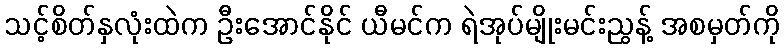
သင့်စိတ်နှလုံးထဲက ဦးအောင်နိုင် ယီမင်က ရဲအုပ်မျိုးမင်းညွန့် အစမှတ်ကို